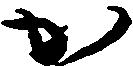
か